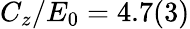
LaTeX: C_{z}/E_{0}=4.7(3)